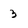
Character: 3